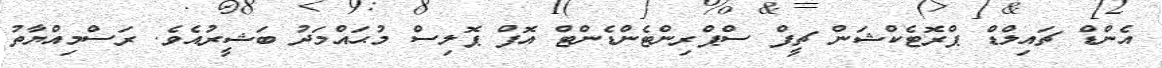
އެންޑް ޗައިލްޑް ޕްރޮޓެކްޝަން ޗީފް ސްޕްރިންޓެންޑެންޓް އޮފް ޕޮލިސް މުޙައްމަދު ބަޝީރުއެވެ. ރަސްމިއްޔާތު